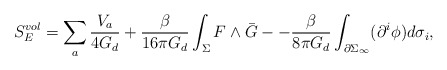
\begin{align*}S_{E}^{vol} = \sum_{a} \frac{V_{a}}{4 G_{d}} + \frac{\beta}{16 \pi G_{d}} \int_{\Sigma} F \wedge \bar{G} - - \frac{\beta}{8 \pi G_{d}} \int_{\partial \Sigma_{\infty}} (\partial^{i} \phi) d \sigma_{i},\end{align*}